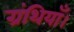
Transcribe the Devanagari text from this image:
ग्रंथियाँ।